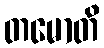
တမောတိ